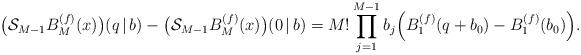
LaTeX: \begin{align*}\bigl(\mathcal{S}_{M-1} B^{(f)}_{M}(x)\bigr)(q\,|\,b) - \bigl(\mathcal{S}_{M-1} B^{(f)}_{M}(x)\bigr)(0\,|\,b) = M! \prod\limits_{j=1}^{M-1} b_j \Bigl( B^{(f)}_{1}(q+b_0)- B^{(f)}_{1}(b_0)\Bigr).\end{align*}